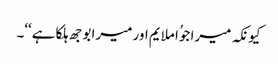
کیونکہ میرا جوُا ملایم اور میرا بوجھ ہلکا ہے‘‘۔